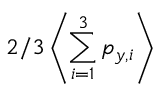
2 / 3 \left\langle \sum _ { i = 1 } ^ { 3 } p _ { y , i } \right\rangle